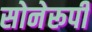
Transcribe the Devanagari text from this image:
सोनेरूपी